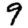
Digit: 9